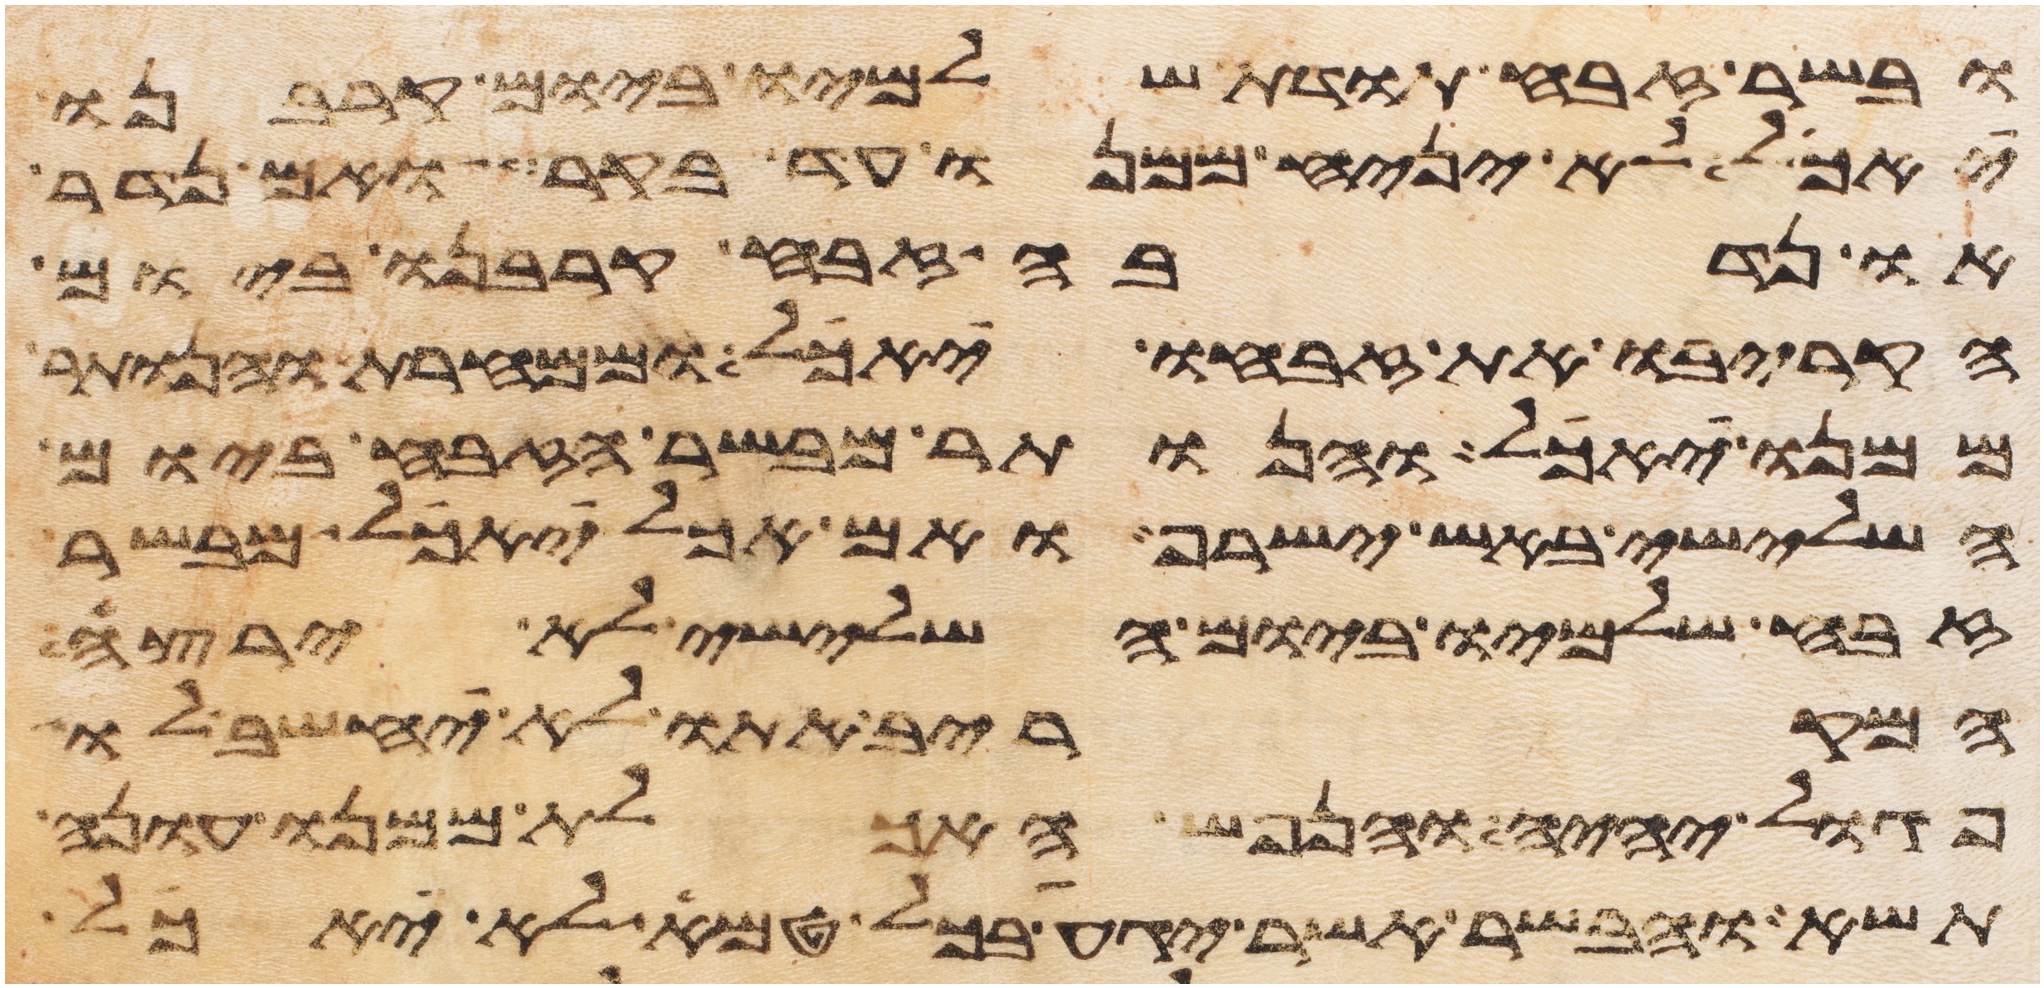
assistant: ובשר זבח תודת שלמיו ביום קרבנו
יאכל לא יניח ממנו עד בקר ואם נדר
או נדבה זבח קרבנו ביום
הקריבו את זבחו יאכל וממחרת והנותר
ממנו יאכל והנותר מבשר הזבח ביום
השלישי באש ישרף ואם אכל יאכל מבשר
זבח שלמיו ביום השלישי לא ירצה
המקריב אתו לא יחשב לו
פגול יהיה והנפש האכלת ממנו עונה
תשא והבשר אשר יגע בכל טמא לא יאכל